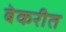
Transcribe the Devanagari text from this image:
बेकरीत